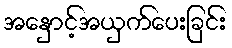
အနှောင့်အယှက်ပေးခြင်း